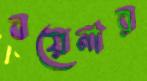
বয়েনার